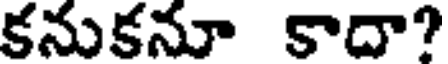
కనుకనూ కాదా?